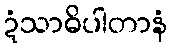
ဍံသာဓိပါတာနံ